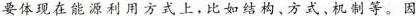
要体现在能源利用方式上，比如结构、方式、机制等。因